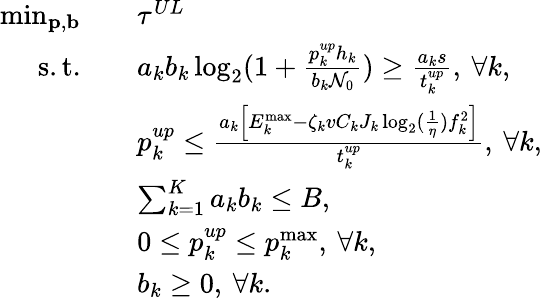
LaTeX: \begin{array}{rl}{\operatorname*{min}_{\mathbf{p},\mathbf{b}}\quad}&{\tau^{UL}}\\ {\mathrm{s.t.}\quad}&{a_{k}b_{k}\log_{2}(1+\frac{p_{k}^{up}h_{k}}{b_{k}\mathcal{N}_{0}})\geq\frac{a_{k}s}{t_{k}^{up}},\: \forall k,}\\ &{p_{k}^{up}\leq\frac{a_{k}\Big[{{E}}_{k}^{\operatorname*{max}}-\zeta_{k}vC_{k}J_{k}\log_{2}(\frac{1}{\eta})f_{k}^{2}\Big]}{t_{k}^{up}},\: \forall k,}\\ &{\sum_{k=1}^{K}a_{k}b_{k}\leq{{B}},}\\ &{0\leq p_{k}^{up}\leq p_{k}^{\operatorname*{max}},\: \forall k,}\\ &{b_{k}\geq 0,\: \forall k.}\end{array}